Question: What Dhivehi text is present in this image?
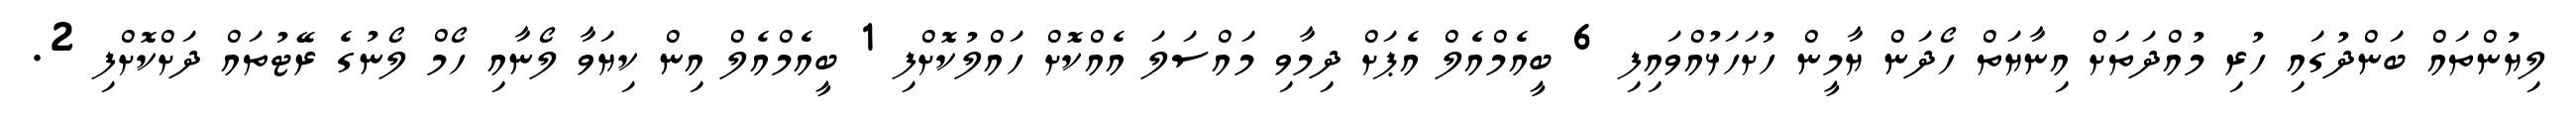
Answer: ލިޔުންތައް ބަންދުގައި ހުރި މުއްދަތަށް އިނާޔަތް ހޯދަން ޔާމީން ހުށަހަޅުއްވައިފި 6 ބީއެމްއެލް އެޕަށް ދިމާވި މައްސަލަ އެއްކޮށް ހައްލުކޮށްފި 1 ބީއެމްއެލް އިން ކިޔަވާ ލޯނާއި ހޯމް ލޯނުގެ ރޭޓުތައް ދަށްކޮށްފި 2.